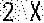
2 X